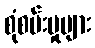
စုံစမ်းမှုများ